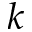
\boldsymbol { k }